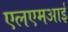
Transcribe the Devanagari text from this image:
एलएमआई